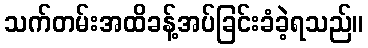
သက်တမ်းအထိခန့်အပ်ခြင်းခံခဲ့ရသည်။